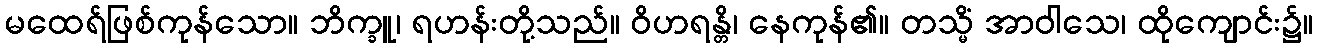
မထေရ်ဖြစ်ကုန်သော။ ဘိက္ခူ၊ ရဟန်းတို့သည်။ ဝိဟရန္တိ၊ နေကုန်၏။ တသ္မိံ အာဝါသေ၊ ထိုကျောင်း၌။